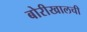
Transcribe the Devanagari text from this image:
बोरीखालची